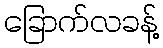
ခြောက်လခန့်